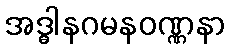
အဒ္ဓါနဂမနဝဏ္ဏနာ